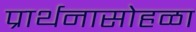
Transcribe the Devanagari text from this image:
प्रार्थनासोहळा